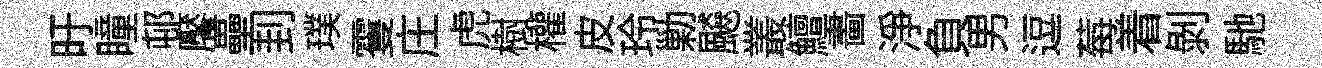
旴瞳邨饜壘刲璞䨥庄虎樹權皮玲勦飇叢鱣畵淨負男逗莓着剥馳